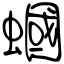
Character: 蟈